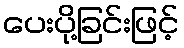
ပေးပို့ခြင်းဖြင့်